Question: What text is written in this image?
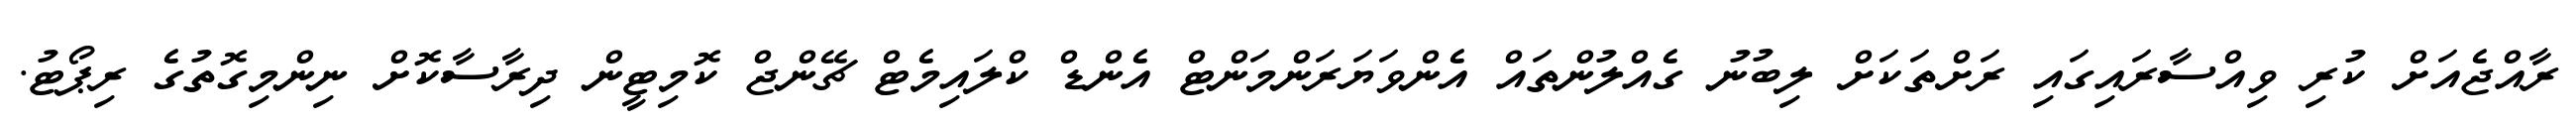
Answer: ރާއްޖެއަށް ކުރި ވިއްސާރައިގައި ރަށްތަކަށް ލިބުނު ގެއްލުންތައް އެންވަޔަރަންމަންޓް އެންޑް ކްލައިމެޓް ޗޭންޖް ކޮމިޓީން ދިރާސާކޮށް ނިންމިގޮތުގެ ރިޕޯޓު.